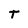
Character: T